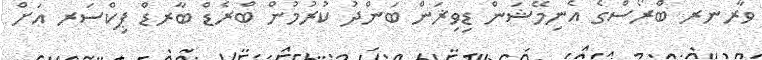
ވާރނރ ބްރޯސްގެ އެނިމޭޝަން ޑިވިޜަން ބަންދު ކުރުމުން ބްރެޑް ބާރޑް ޕިކްސަރ އަށް